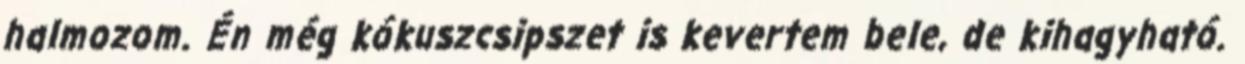
halmozom. Én még kókuszcsipszet is kevertem bele, de kihagyható.